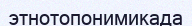
этнотопонимикада